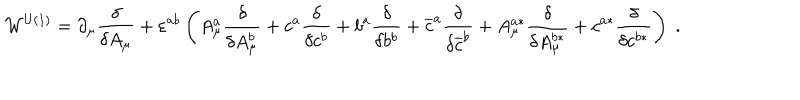
\mathcal { W } ^ { \mathrm { U ( 1 ) } } = \partial _ { \mu } \frac \delta { \delta A _ { \mu } } + \varepsilon ^ { a b } \left( A _ { \mu } ^ { a } \frac \delta { \delta A _ { \mu } ^ { b } } + c ^ { a } \frac \delta { \delta c ^ { b } } + b ^ { a } \frac \delta { \delta b ^ { b } } + \overline { { { c } } } ^ { a } \frac \delta { \delta \overline { { { c } } } ^ { b } } + A _ { \mu } ^ { a * } \frac \delta { \delta A _ { \mu } ^ { b * } } + c ^ { a * } \frac \delta { \delta c ^ { b * } } \right) \; .